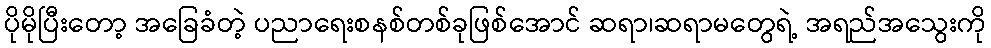
ပိုမိုပြီးတော့ အခြေခံတဲ့ ပညာရေးစနစ်တစ်ခုဖြစ်အောင် ဆရာ၊ဆရာမတွေရဲ့ အရည်အသွေးကို